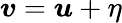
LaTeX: \boldsymbol{v}=\boldsymbol{u}+\eta